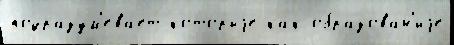
подразум'ева́ет кото́рыjе как образова́н'иjе